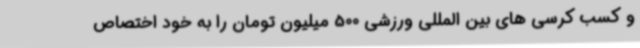
و کسب کرسی های بین المللی ورزشی 500 میلیون تومان را به خود اختصاص